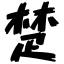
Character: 楚